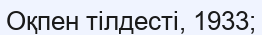
Оқпен тілдесті, 1933;